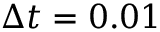
\Delta t = 0 . 0 1